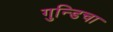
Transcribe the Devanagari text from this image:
गुन्डिचा